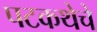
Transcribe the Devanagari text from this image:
पटकथेचे